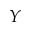
Y